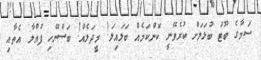
ސަމާގެ ބޫޓު ބުޅަލަށް ކުރެވޭނީ ކޮންކަމެއް ބަލައިލަ! މީދަލެއް! ބަސްނޭހި ފުއްލާ އެތާއި